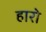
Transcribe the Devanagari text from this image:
हारो